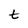
Character: t